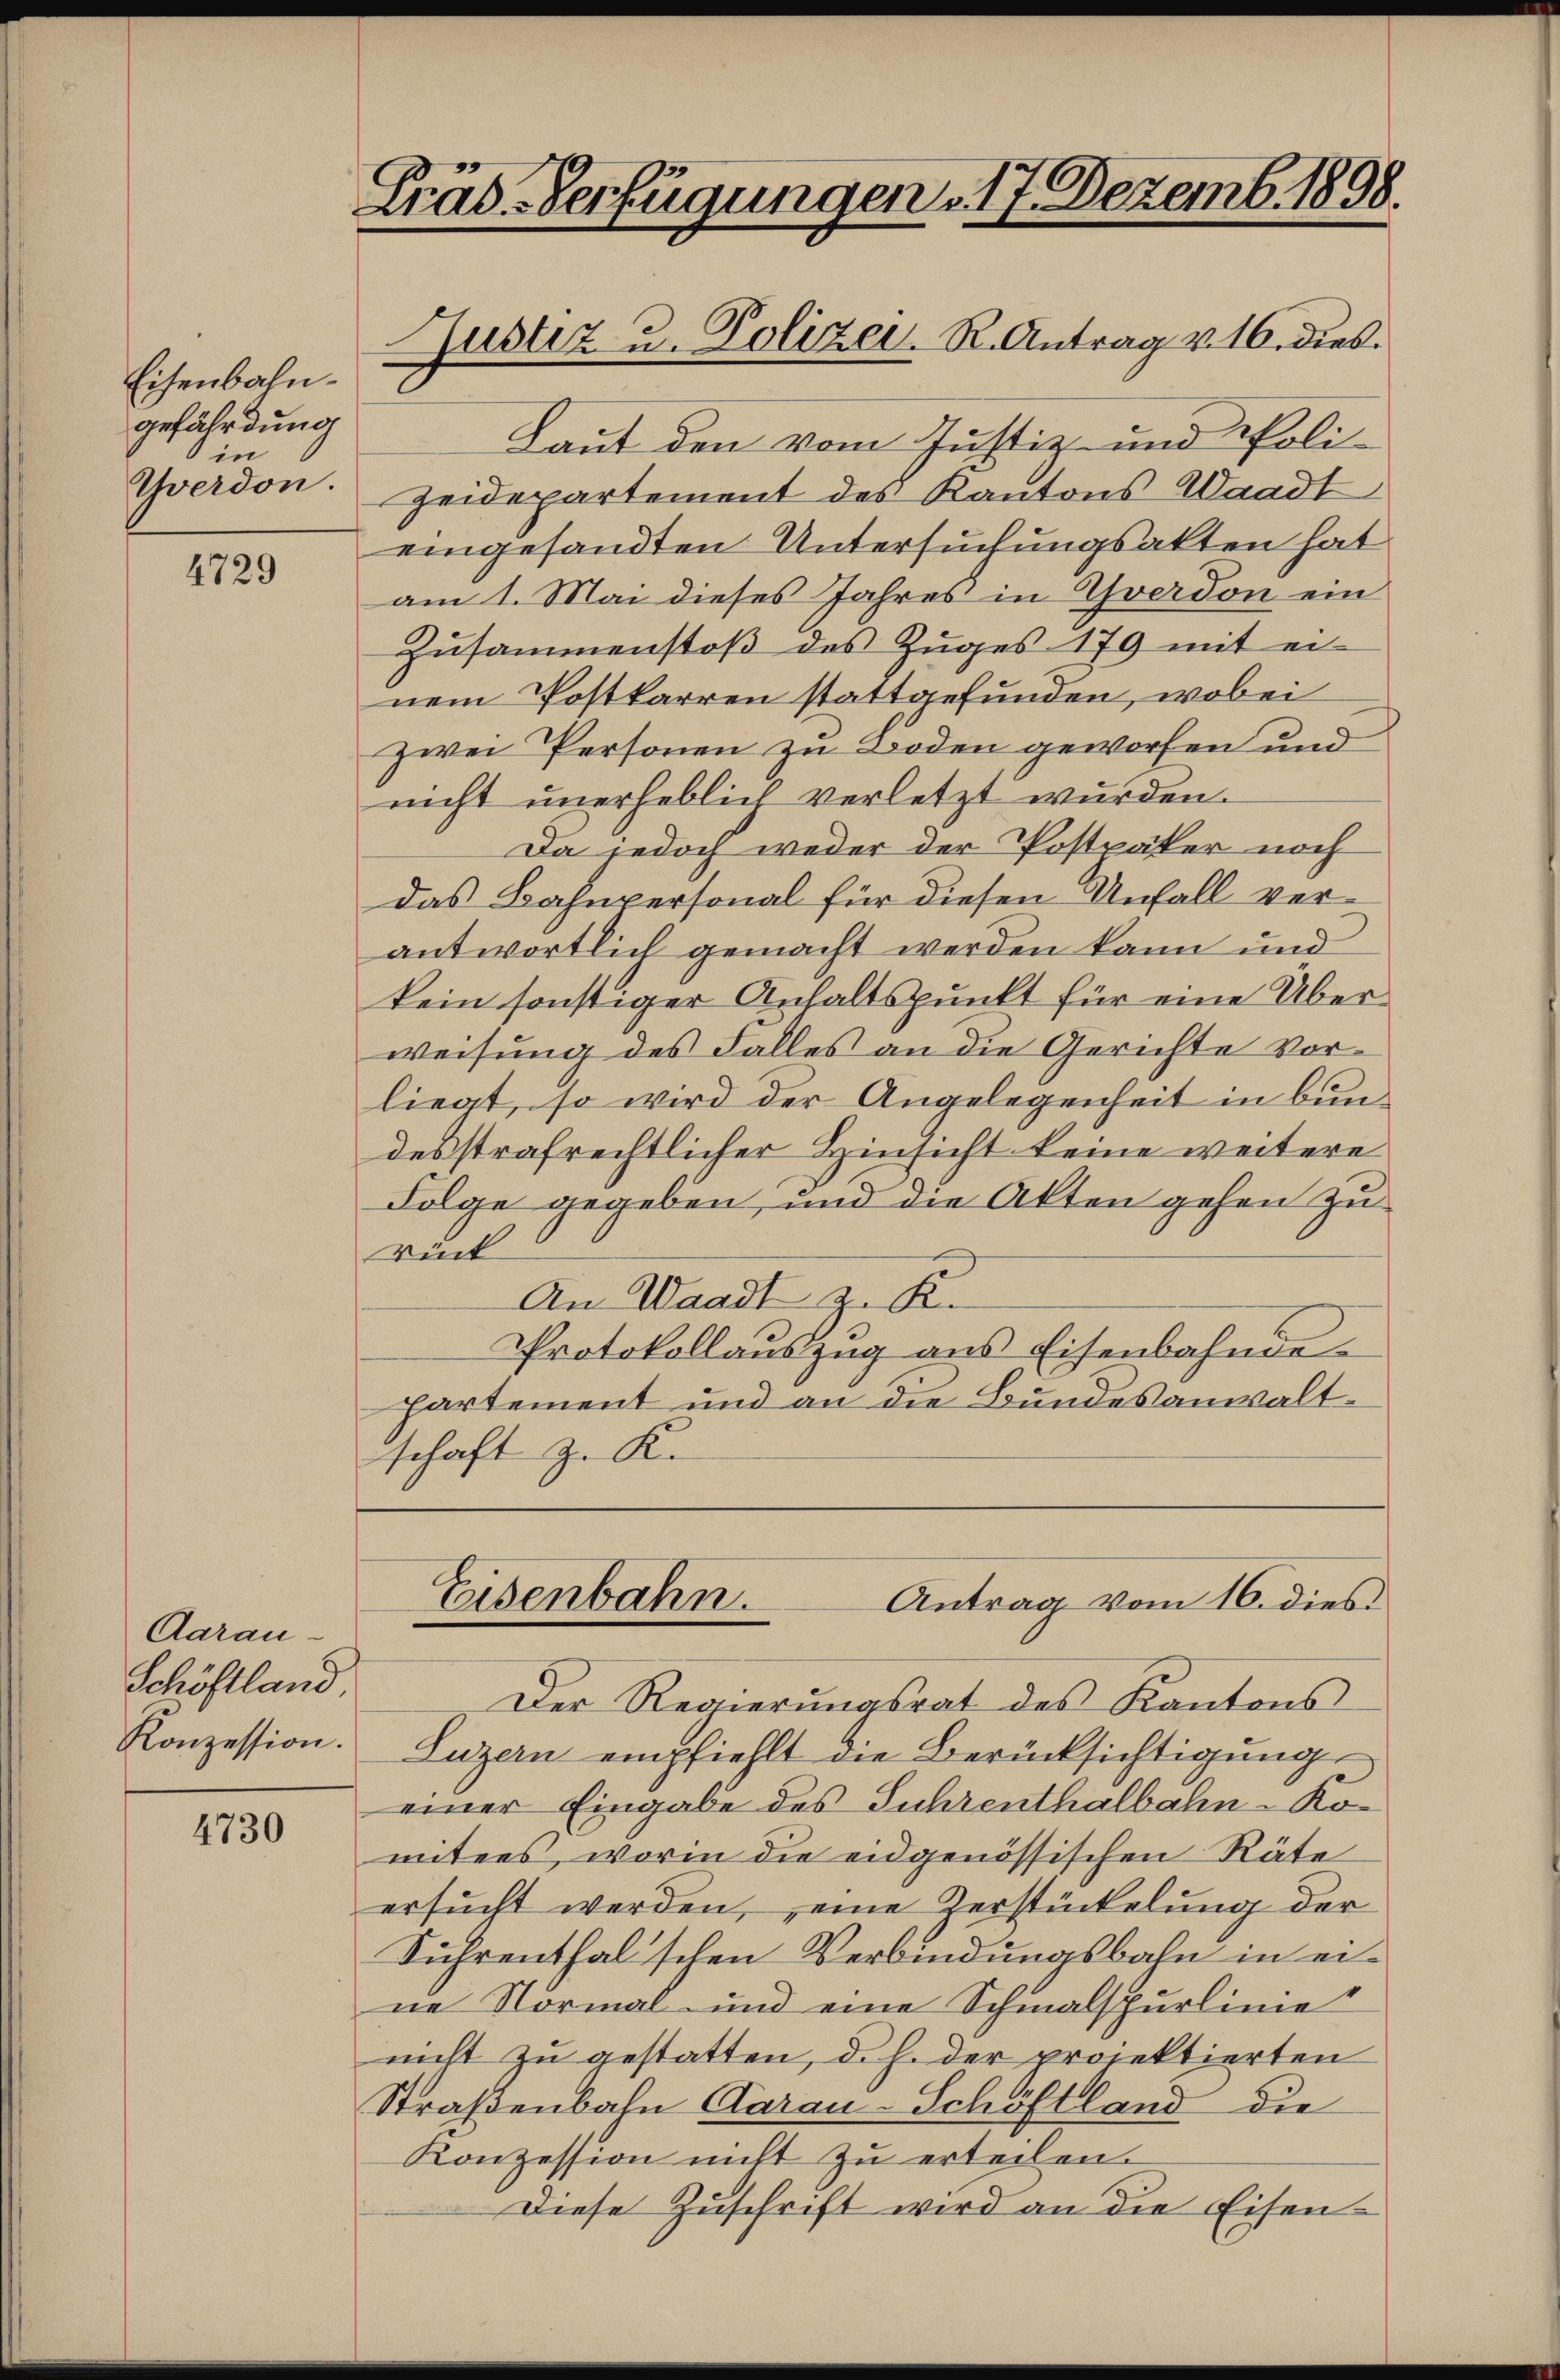
Eisenbahngefährdung
in
Yverdon.

4729

Aarau
Schöftland.
Konzession.

4730

Cräd-Verfügungen 17 Dezemb. 1898.

Laut den vom Justiz- und Poli¬
Zeidepartement des Kantons Waadt
eingesandten Untersuchungsakten hat
am 1. Mai dieses Jahres in Yverdon ein
Zusammenstoß des Zuges 179 mit ei-
nem Postkarren stattgefunden, wobei
zwei Personen zu Boden geworfen und
nicht unerheblich verletzt wurden.
Da jedoch weder der Postpäker noch
das Bahnpersonal für diesen Unfall verantwortlich gemacht werden kann und
kein sonstiger Anhaltspunkt für eine Überweisung des Falles an die Gerichte vorliegt, so wird der Angelegenheit in bundesstrafrechtlicher Hinsicht keine weitere
Folge gegeben, und die Akten gehen zu
rück
An Waadt z. K.
Protokollauszug aus Eisenbahnde
Partement und an die Bundesanwaltschaft z. K.

Gustiz u. Polizei. R. Antrag v. 16. dies

Der Regierungsrat des Kantons
Luzern empfiehlt die Berücksichtigung
einer Eingabe des Fuhrenthalbahn-Komitees, worin die eidgenössischen Räte
ersucht werden, eine Zerstückelung der
Siprenthal'schen Verbindungsbahn in eine Normal- und eine Schmalspurlinie
nicht zu gestatten, d. h. der projektierten
Straßenbahn Aarau-Schöftland die
Konzession nicht zu erteilen.
Diese Zuschrift wird an die Eisen¬

Eisenbahn.
Antrag vom 16. dies